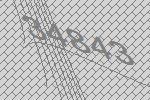
34843